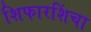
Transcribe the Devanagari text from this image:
शिफारशिंचा